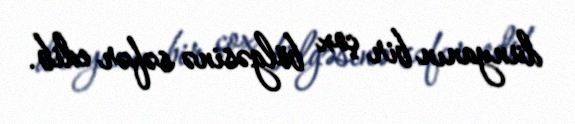
dünyanın bir çox bölgəsinə səfər edib.